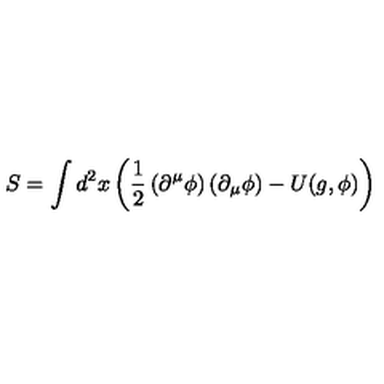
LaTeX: S = \int d ^ { 2 } x \left( \frac { 1 } { 2 } \left( \partial ^ { \mu } \phi \right) \left( \partial _ { \mu } \phi \right) - U ( g , \phi ) \right)